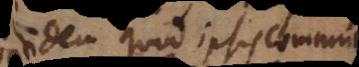
itidem quod ipsis commune